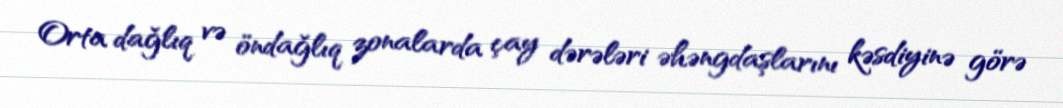
Orta dağlıq və öndağlıq zonalarda çay dərələri əhəngdaşlarını kəsdiyinə görə